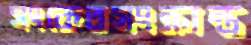
সংকেতসংক্রান্ত